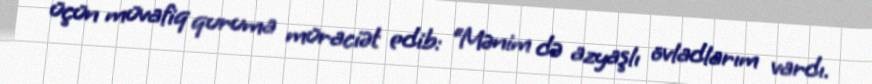
üçün müvafiq quruma müraciət edib: “Mənim də azyaşlı övladlarım vardı.